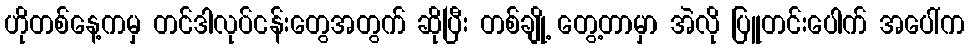
ဟိုတစ်နေ့ကမှ တင်ဒါလုပ်ငန်းတွေအတွက် ဆိုပြီး တစ်ချို့ တွေ့တာမှာ အဲလို ပြူတင်းပေါက် အပေါ်က